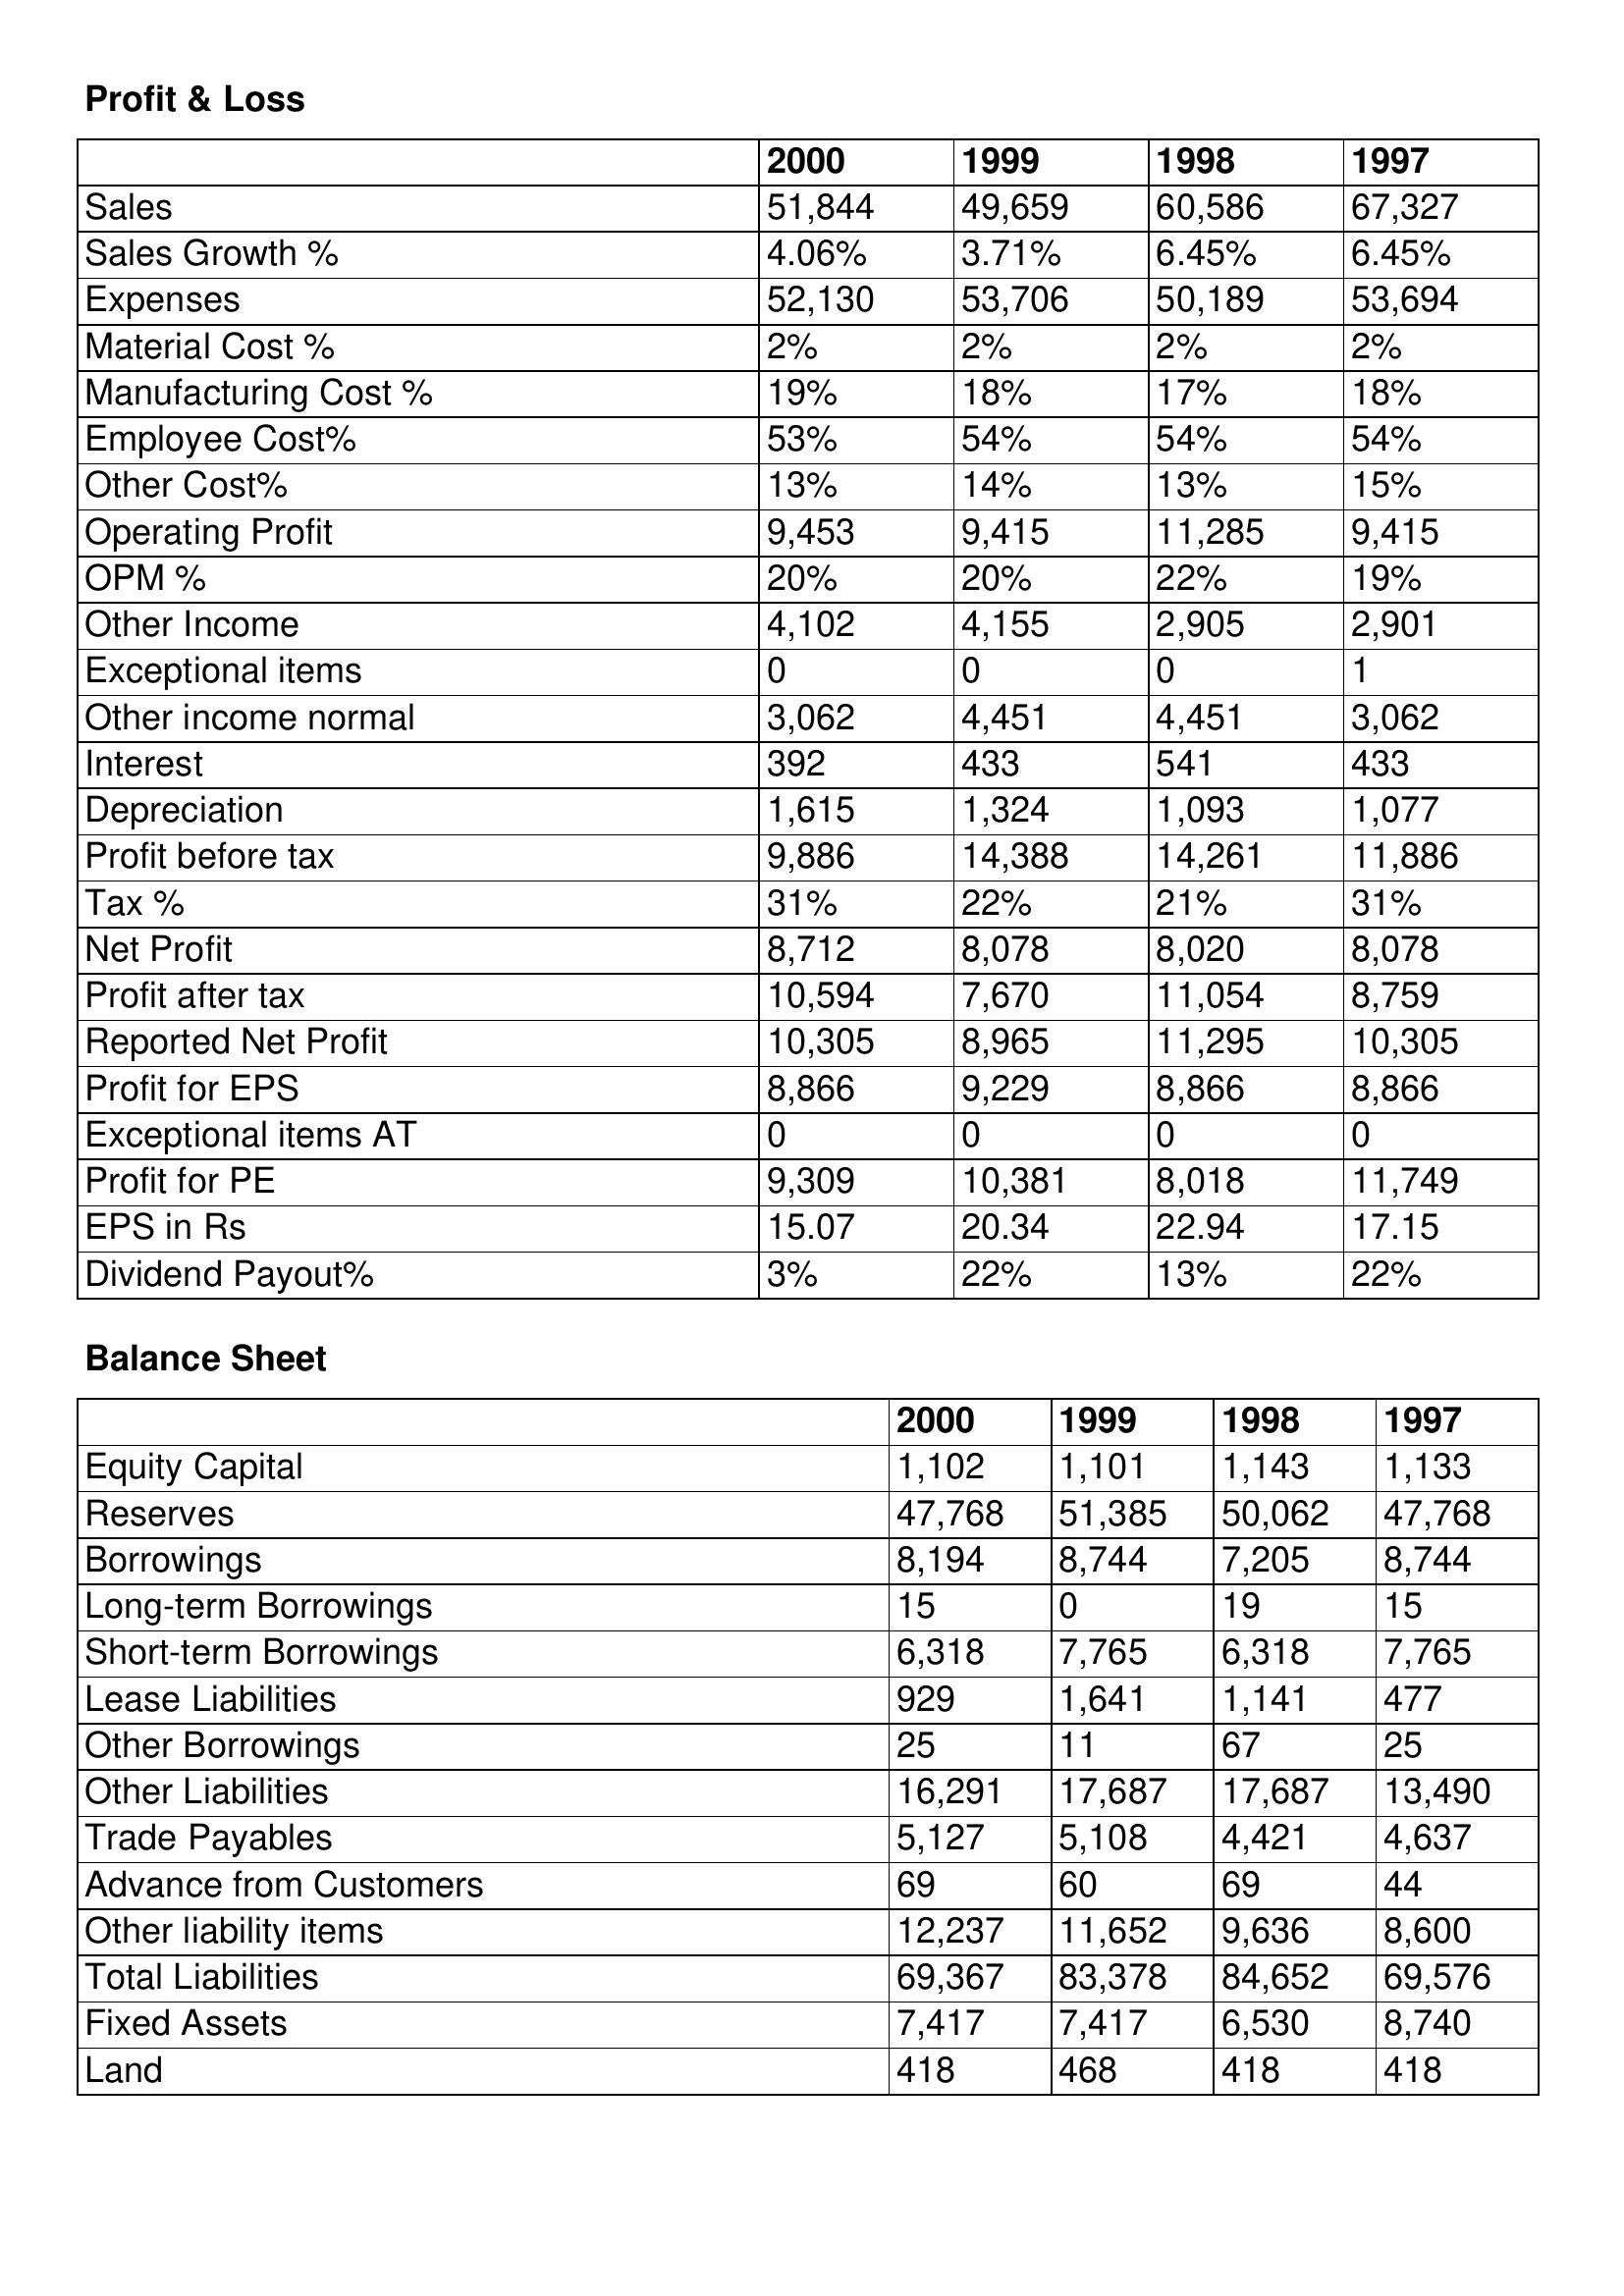
gt_parse: 2000: Profit & Loss: Sales: 51,844
Sales Growth %: 4.06%
Expenses: 52,130
Material Cost %: 2%
Manufacturing Cost %: 19%
Employee Cost%: 53%
Other Cost%: 13%
Operating Profit: 9,453
OPM %: 20%
Other Income: 4,102
Exceptional items: 0
Other income normal: 3,062
Interest: 392
Depreciation: 1,615
Profit before tax: 9,886
Tax %: 31%
Net Profit: 8,712
Profit after tax: 10,594
Reported Net Profit: 10,305
Profit for EPS: 8,866
Exceptional items AT: 0
Profit for PE: 9,309
EPS in Rs: 15.07
Dividend Payout%: 3%
Balance Sheet: Equity Capital: 1,102
Reserves: 47,768
Borrowings: 8,194
Long-term Borrowings: 15
Short-term Borrowings: 6,318
Lease Liabilities: 929
Other Borrowings: 25
Other Liabilities: 16,291
Trade Payables: 5,127
Advance from Customers: 69
Other liability items: 12,237
Total Liabilities: 69,367
Fixed Assets: 7,417
Land: 418
1999: Profit & Loss: Sales: 49,659
Sales Growth %: 3.71%
Expenses: 53,706
Material Cost %: 2%
Manufacturing Cost %: 18%
Employee Cost%: 54%
Other Cost%: 14%
Operating Profit: 9,415
OPM %: 20%
Other Income: 4,155
Exceptional items: 0
Other income normal: 4,451
Interest: 433
Depreciation: 1,324
Profit before tax: 14,388
Tax %: 22%
Net Profit: 8,078
Profit after tax: 7,670
Reported Net Profit: 8,965
Profit for EPS: 9,229
Exceptional items AT: 0
Profit for PE: 10,381
EPS in Rs: 20.34
Dividend Payout%: 22%
Balance Sheet: Equity Capital: 1,101
Reserves: 51,385
Borrowings: 8,744
Long-term Borrowings: 0
Short-term Borrowings: 7,765
Lease Liabilities: 1,641
Other Borrowings: 11
Other Liabilities: 17,687
Trade Payables: 5,108
Advance from Customers: 60
Other liability items: 11,652
Total Liabilities: 83,378
Fixed Assets: 7,417
Land: 468
1998: Profit & Loss: Sales: 60,586
Sales Growth %: 6.45%
Expenses: 50,189
Material Cost %: 2%
Manufacturing Cost %: 17%
Employee Cost%: 54%
Other Cost%: 13%
Operating Profit: 11,285
OPM %: 22%
Other Income: 2,905
Exceptional items: 0
Other income normal: 4,451
Interest: 541
Depreciation: 1,093
Profit before tax: 14,261
Tax %: 21%
Net Profit: 8,020
Profit after tax: 11,054
Reported Net Profit: 11,295
Profit for EPS: 8,866
Exceptional items AT: 0
Profit for PE: 8,018
EPS in Rs: 22.94
Dividend Payout%: 13%
Balance Sheet: Equity Capital: 1,143
Reserves: 50,062
Borrowings: 7,205
Long-term Borrowings: 19
Short-term Borrowings: 6,318
Lease Liabilities: 1,141
Other Borrowings: 67
Other Liabilities: 17,687
Trade Payables: 4,421
Advance from Customers: 69
Other liability items: 9,636
Total Liabilities: 84,652
Fixed Assets: 6,530
Land: 418
1997: Profit & Loss: Sales: 67,327
Sales Growth %: 6.45%
Expenses: 53,694
Material Cost %: 2%
Manufacturing Cost %: 18%
Employee Cost%: 54%
Other Cost%: 15%
Operating Profit: 9,415
OPM %: 19%
Other Income: 2,901
Exceptional items: 1
Other income normal: 3,062
Interest: 433
Depreciation: 1,077
Profit before tax: 11,886
Tax %: 31%
Net Profit: 8,078
Profit after tax: 8,759
Reported Net Profit: 10,305
Profit for EPS: 8,866
Exceptional items AT: 0
Profit for PE: 11,749
EPS in Rs: 17.15
Dividend Payout%: 22%
Balance Sheet: Equity Capital: 1,133
Reserves: 47,768
Borrowings: 8,744
Long-term Borrowings: 15
Short-term Borrowings: 7,765
Lease Liabilities: 477
Other Borrowings: 25
Other Liabilities: 13,490
Trade Payables: 4,637
Advance from Customers: 44
Other liability items: 8,600
Total Liabilities: 69,576
Fixed Assets: 8,740
Land: 418